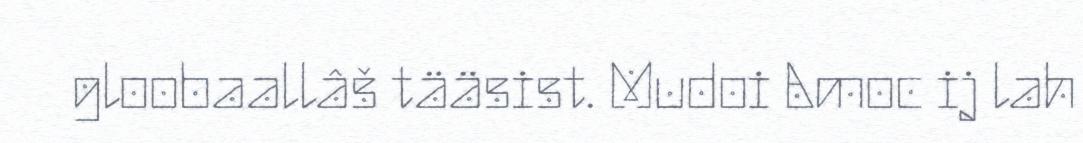
gloobaallâš tääsist. Mudoi Amoc ij lah